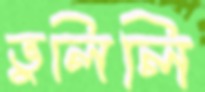
ভুলিলি